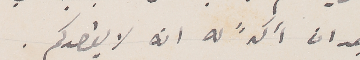
بعد ان اكد له انه لا يقصدكم.